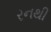
રનથી